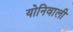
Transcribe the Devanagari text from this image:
योनिवाली